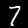
Digit: 7